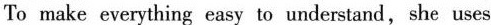
To make everything easy to understand,she uses